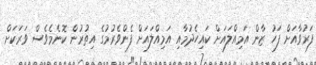
ފަރުވާއަށް ފަހު ޒާން އަމިއްލައަށް ކައިހެދުމާއި އަމިއްލައަށް ފެންވެރުމުގެ އިތުރުން ކޮނެމެވެސް ވަރަކަށް